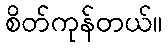
စိတ်ကုန်တယ်။